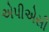
એપીએસી